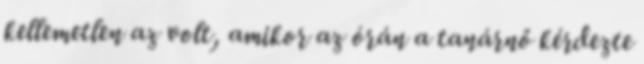
kellemetlen az volt, amikor az órán a tanárnő kérdezte